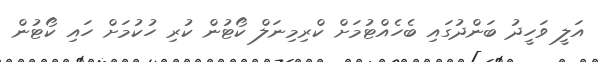
އަލީ ވަހީދު ބަންދުގައި ބެހެއްޓުމަށް ކްރިމިނަލް ކޯޓުން ކުރި ހުކުމަށް ހައި ކޯޓުން